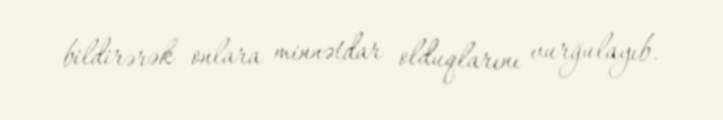
bildirərək onlara minnətdar olduqlarını vurğulayıb.